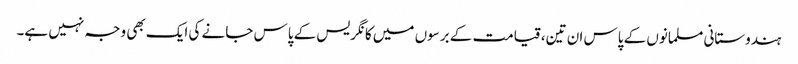
ہندوستانی مسلمانوں کے پاس ان تین، قیامت کے برسوں میں کانگریس کے پاس جانے کی ایک بھی وجہ نہیں ہے۔